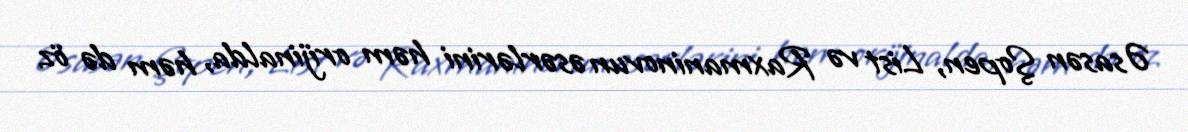
Əsasən Şopen, List və Raxmaninovun əsərlərini həm orijinalda, həm də öz